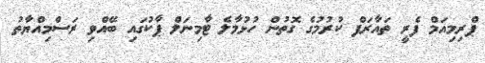
ޕްރިމިއަމް ފެރީ ތައާރަފް ކުރުމުގެ ގޮތުން ހުޅުމާލެ ޓާމިނަލް ޕާކުގައި ބޭއްވި ރަސްމިއްޔާތު